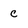
Character: c